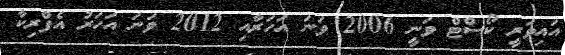
އައިވަރީ ކޯސްޓް ވަނީ 2006 ވަނަ އަހަރާއި 2012 ވަނަ އަހަރު އެފްރިކާ